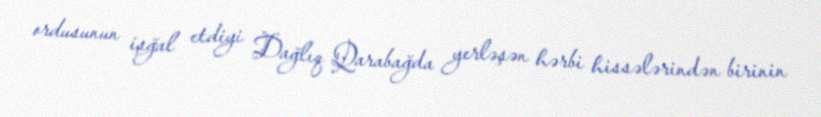
ordusunun işğal etdiyi Dağlıq Qarabağda yerləşən hərbi hissələrindən birinin